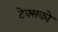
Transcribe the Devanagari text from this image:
टेक्सको